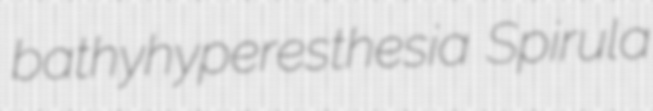
bathyhyperesthesia Spirula